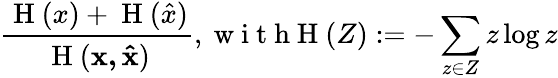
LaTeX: \frac{\mathrm{~H~}(x)+\mathrm{~H~}(\hat{x})}{\mathrm{~H~}(\mathbf{x,\hat{x}})},\mathrm{~w~i~t~h~H~}(Z):=-\sum_{z\in Z}z\log z